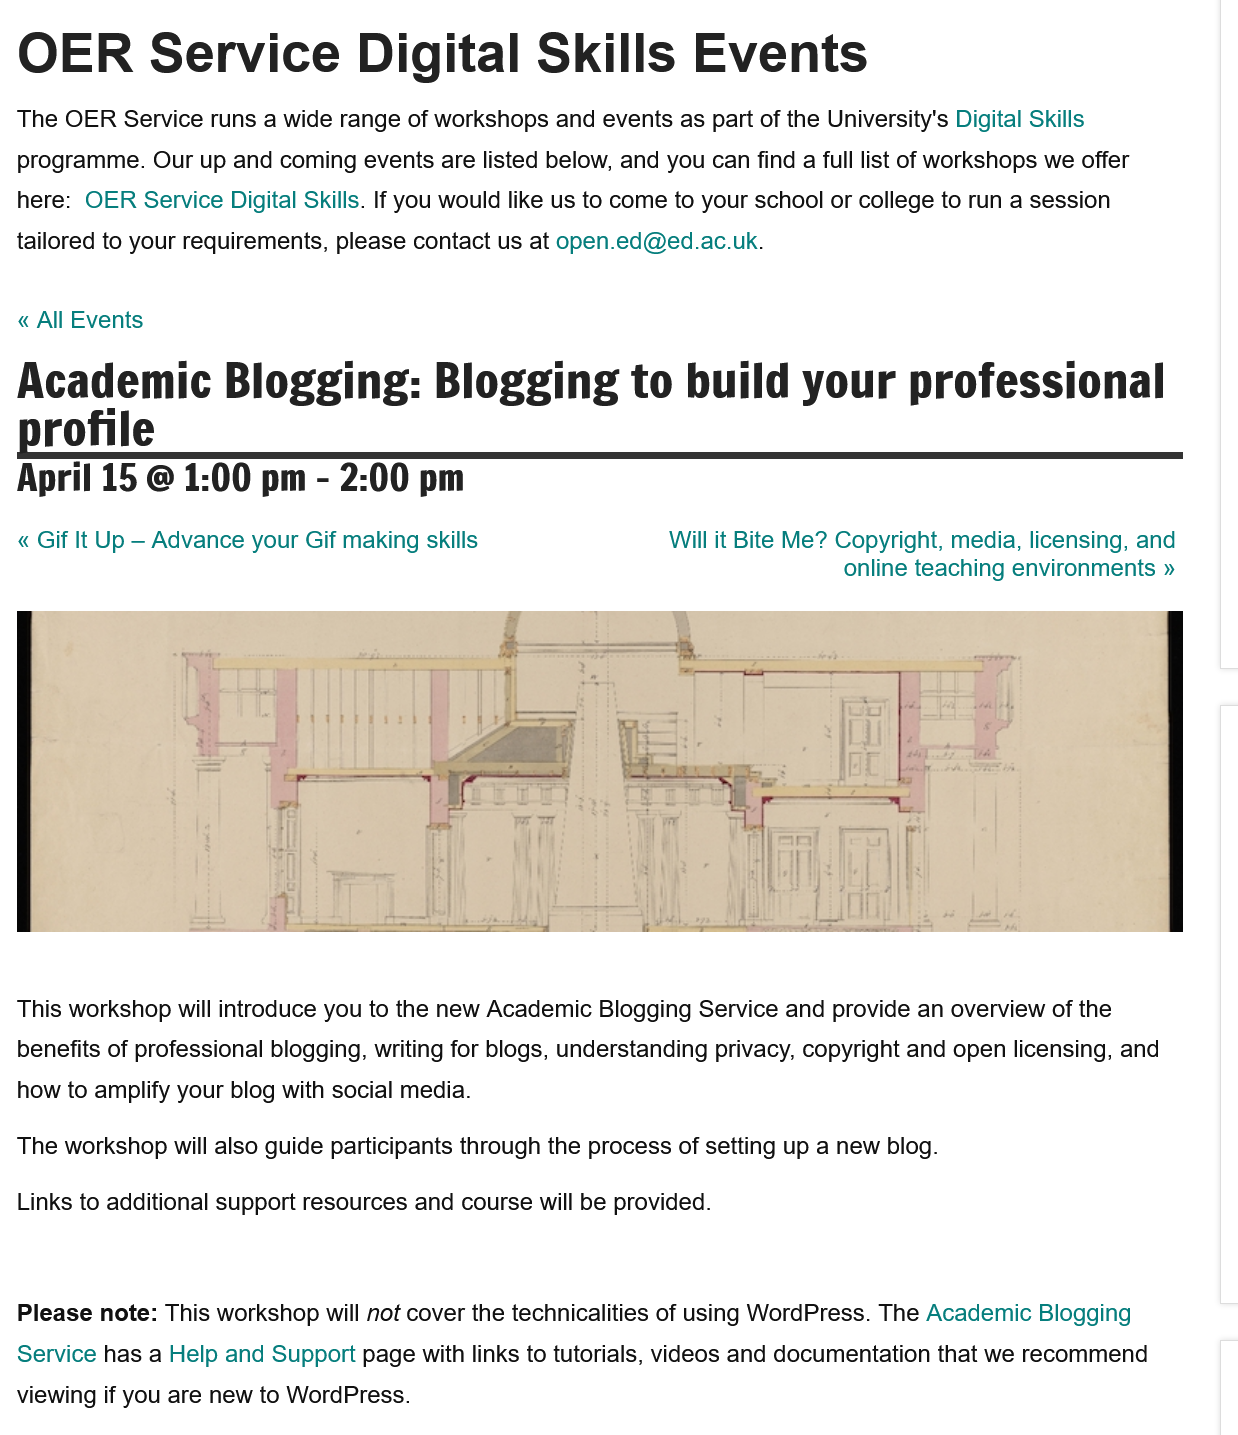
Academic    Blogging:    Blogging    to   build    your    professional
  profile
  April  15  @  1:00   pm
     -
     2:00  pm
  « Gif It Up —
     Advance  your Gif making skills    Will it Bite Me? Copyright, media, licensing, and
     online teaching environments »
  This workshop will introduce you to the new Academic Blogging Service and provide an overview of the
  benefits of professional blogging, writing for blogs, understanding privacy, copyright and open licensing, and
  how to amplify your blog with social media.
  The workshop will also guide participants through the process of setting up a new blog.
  Links to additional support resources and course will be provided.
  OER    Service    Digital    Skills    Events
  The OER Service  runs a wide range of workshops and events as part of the University's Digital Skills
  programme. Our  up and coming events are listed below, and you can find
  a
     full list of workshops we offer
  here: OER  Service Digital Skills. If you would like us to come to your school or college to run a session
  tailored to your requirements, please contact us at open.ed@ed.ac.uk.
  « All Events
  Please note: This workshop will not cover the technicalities of using WordPress. The Academic Blogging
  Service has a Help and Support page with links to tutorials, videos and documentation that we recommend
  viewing if you are new to WordPress.